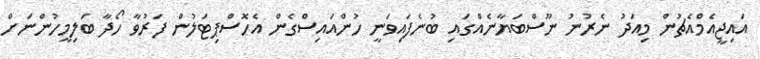
އައިޖީއެމްއެޗުން މިއަދު ނެރުނު ނޫސްބަޔާނެއްގައި ބުނެފައިވަނީ ހުންއައިސްގެން އެހޮސްޕިޓަލުން ފަރުވާ ހޯދާ ބަލިމީހުންނަށް